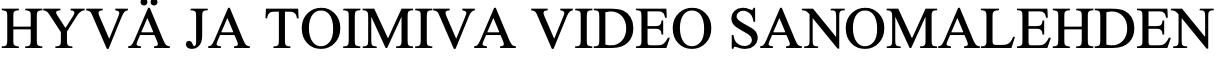
HYVÄ  JA TOIMIVA VIDEO  SANOMALEHDEN